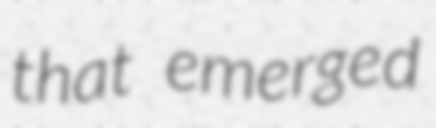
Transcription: that emerged